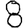
Digit: 8